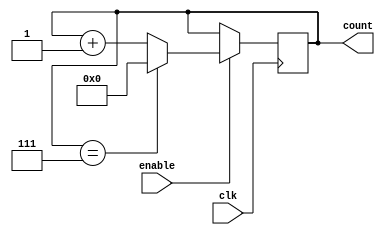
module ModuloN_Up_Counter (
    input wire clk,
    input wire enable,
    output reg [N-1:0] count
);

parameter N = 8; // Specified value of N

always @(posedge clk) begin
    if (enable) begin
        if (count == N-1) begin
            count <= 0;
        end else begin
            count <= count + 1;
        end
    end
end

endmodule